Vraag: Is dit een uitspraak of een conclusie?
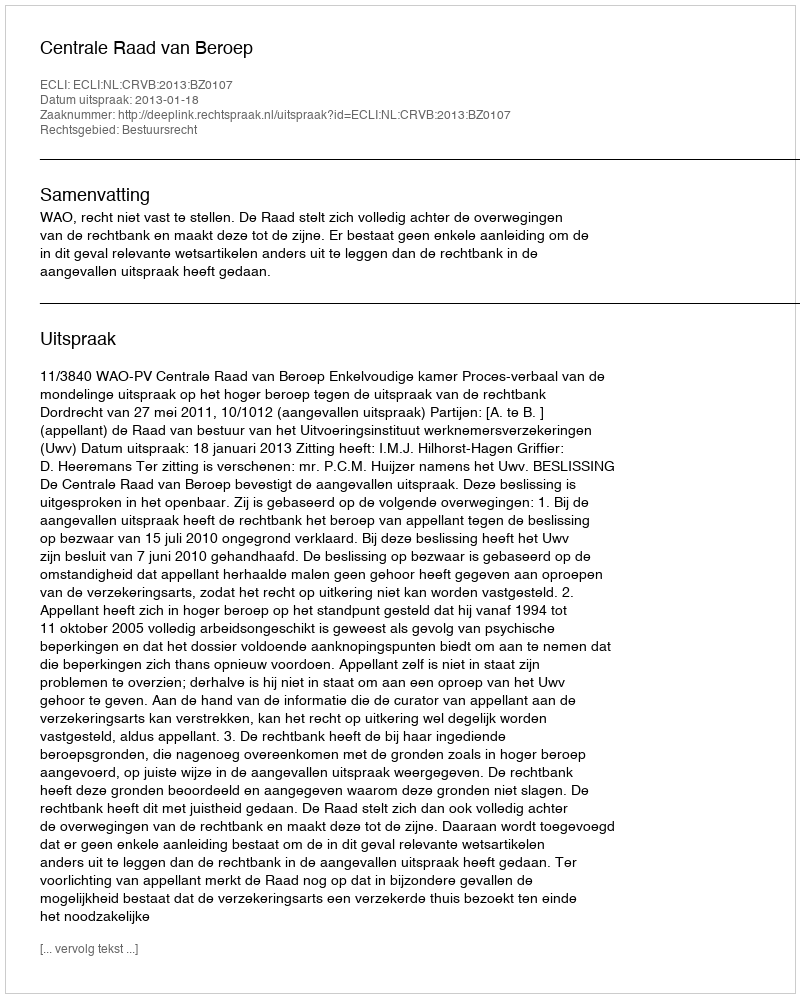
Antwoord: Uitspraak